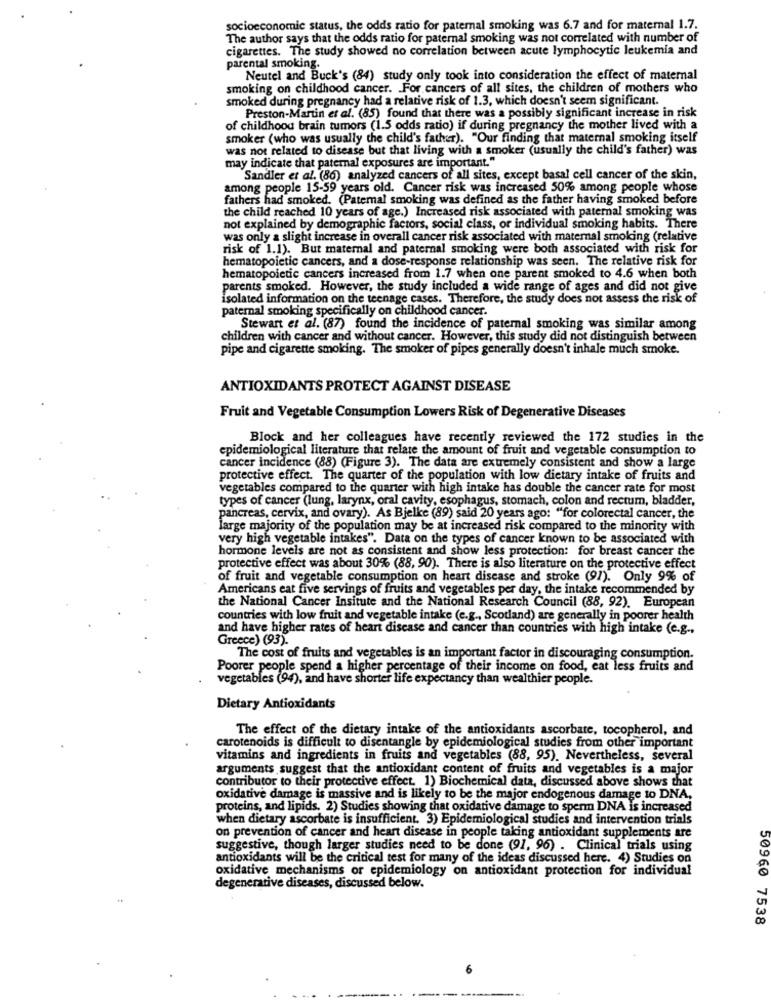
socioeconomic status, the odds ratio for paternal smoking was 6.7 and for maternal 1.7.
The author says that the odds ratio for paternal smoking was not correlated with number of
cigarettes. The study showed no correlation between acute lymphocytic leukemia and
parental smoking.
Neutel and Buck's (84) study only took into consideration the effect of maternal
smoking on childhood cancer. For cancers of all sites, the children of mothers who
smoked during pregnancy had a relative risk of 1.3, which doesn't seem significant.
Preston-Martin et al. (85) found that there was a possibly significant increase in risk
of childhood brain tumors (1.5 odds ratio) if during pregnancy the mother lived with a
smoker (who was usually the child's father). "Our finding that maternal smoking itself
was not related to disease but that living with a smoker (usually the child's father) was
may indicate that paternal exposures are important."
Sandler et al. (86) analyzed cancers of all sites, except basal cell cancer of the skin,
among people 15-59 years old. Cancer risk was increased 50% among people whose
fathers had smoked. (Paternal smoking was defined as the father having smoked before
the child reached 10 years of age.) Increased risk associated with paternal smoking was
not explained by demographic factors, social class, or individual smoking habits. There
was only a slight increase in overall cancer risk associated with maternal smoking (relative
risk of 1.1). But maternal and paternal smoking were both associated with risk for
hematopoietic cancers, and a dose-response relationship was seen. The relative risk for
hematopoietic cancers increased from 1.7 when one parent smoked to 4.6 when both
parents smoked. However, the study included a wide range of ages and did not give
isolated information on the teenage cases. Therefore, the study does not assess the risk of
paternal smoking specifically on childhood cancer.
Stewart et al. (87) found the incidence of paternal smoking was similar among
children with cancer and without cancer. However, this study did not distinguish between
pipe and cigarette smoking. The smoker of pipes generally doesn't inhale much smoke.
ANTIOXIDANTS PROTECT AGAINST DISEASE
Fruit and Vegetable Consumption Lowers Risk of Degenerative Diseases
Block and her colleagues have recently reviewed the 172 studies in the
epidemiological literature that relate the amount of fruit and vegetable consumption to
cancer incidence (88) (Figure 3). The data are extremely consistent and show a large
protective effect. The quarter of the population with low dietary intake of fruits and
vegetables compared to the quarter with high intake has double the cancer rate for most
types of cancer (lung, larynx, oral cavity, esophagus, stomach, colon and rectum, bladder,
pancreas, cervix, and ovary). As Bjelke (89) said 20 years ago: "for colorectal cancer, the
large majority of the population may be at increased risk compared to the minority with
very high vegetable intakes". Data on the types of cancer known to be associated with
hormone levels are not as consistent and show less protection: for breast cancer the
protective effect was about 30% (88, 90). There is also literature on the protective effect
of fruit and vegetable consumption on heart disease and stroke (91). Only 9% of
Americans eat five servings of fruits and vegetables per day, the intake recommended by
the National Cancer Insitute and the National Research Council (88, 92). European
countries with low fruit and vegetable intake (e.g ., Scotland) are generally in poorer health
and have higher rates of heart disease and cancer than countries with high intake (e.g .,
Greece) (93).
The cost of fruits and vegetables is an important factor in discouraging consumption.
Poorer people spend a higher percentage of their income on food, cat less fruits and
vegetables (94), and have shorter life expectancy than wealthier people.
Dietary Antioxidants
The effect of the dietary intake of the antioxidants ascorbate, tocopherol, and
carotenoids is difficult to disentangle by epidemiological studies from other important
vitamins and ingredients in fruits and vegetables (88, 95). Nevertheless, several
arguments suggest that the antioxidant content of fruits and vegetables is a major
contributor to their protective effect. 1) Biochemical data, discussed above shows that
oxidative damage is massive and is likely to be the major endogenous damage to DNA,
proteins, and lipids. 2) Studies showing that oxidative damage to sperm DNA is increased
when dietary ascorbate is insufficient. 3) Epidemiological studies and intervention trials
on prevention of cancer and heart disease in people taking antioxidant supplements are
suggestive, though larger studies need to be done (91, 96) . Clinical trials using
antioxidants will be the critical test for many of the ideas discussed here. 4) Studies on
oxidative mechanisms or epidemiology on antioxidant protection for individual
degenerative diseases, discussed below.
50960 7538